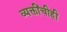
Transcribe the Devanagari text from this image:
व्यक्तींचीही